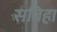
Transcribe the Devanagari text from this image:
सबिहा